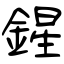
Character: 鍟